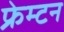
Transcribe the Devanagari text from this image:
फ्रेम्टन